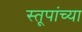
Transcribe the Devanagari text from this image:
स्तूपांच्या